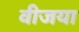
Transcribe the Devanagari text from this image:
वीजया